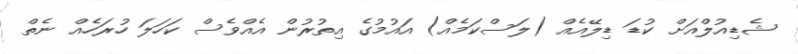
ޝެޑިއުލްއަށް ކުޑަ ޑިލޭއެއް (ލަސްކަމެއް) އައުމުގެ އިތުރުން އެއްވެސް ކަހަލަ ހުރަހެއް ނެތް